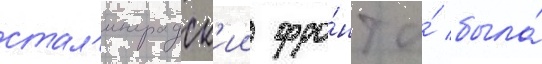
стал'инградск'ии фро́нт и́ была́